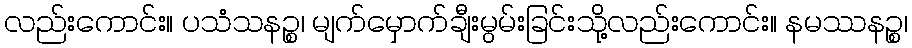
လည်းကောင်း။ ပသံသနဉ္စ၊ မျက်မှောက်ချီးမွမ်းခြင်းသို့လည်းကောင်း။ နမဿနဉ္စ၊